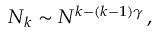
\begin{array} { r } { N _ { k } \sim N ^ { k - ( k - 1 ) \gamma } \, , } \end{array}